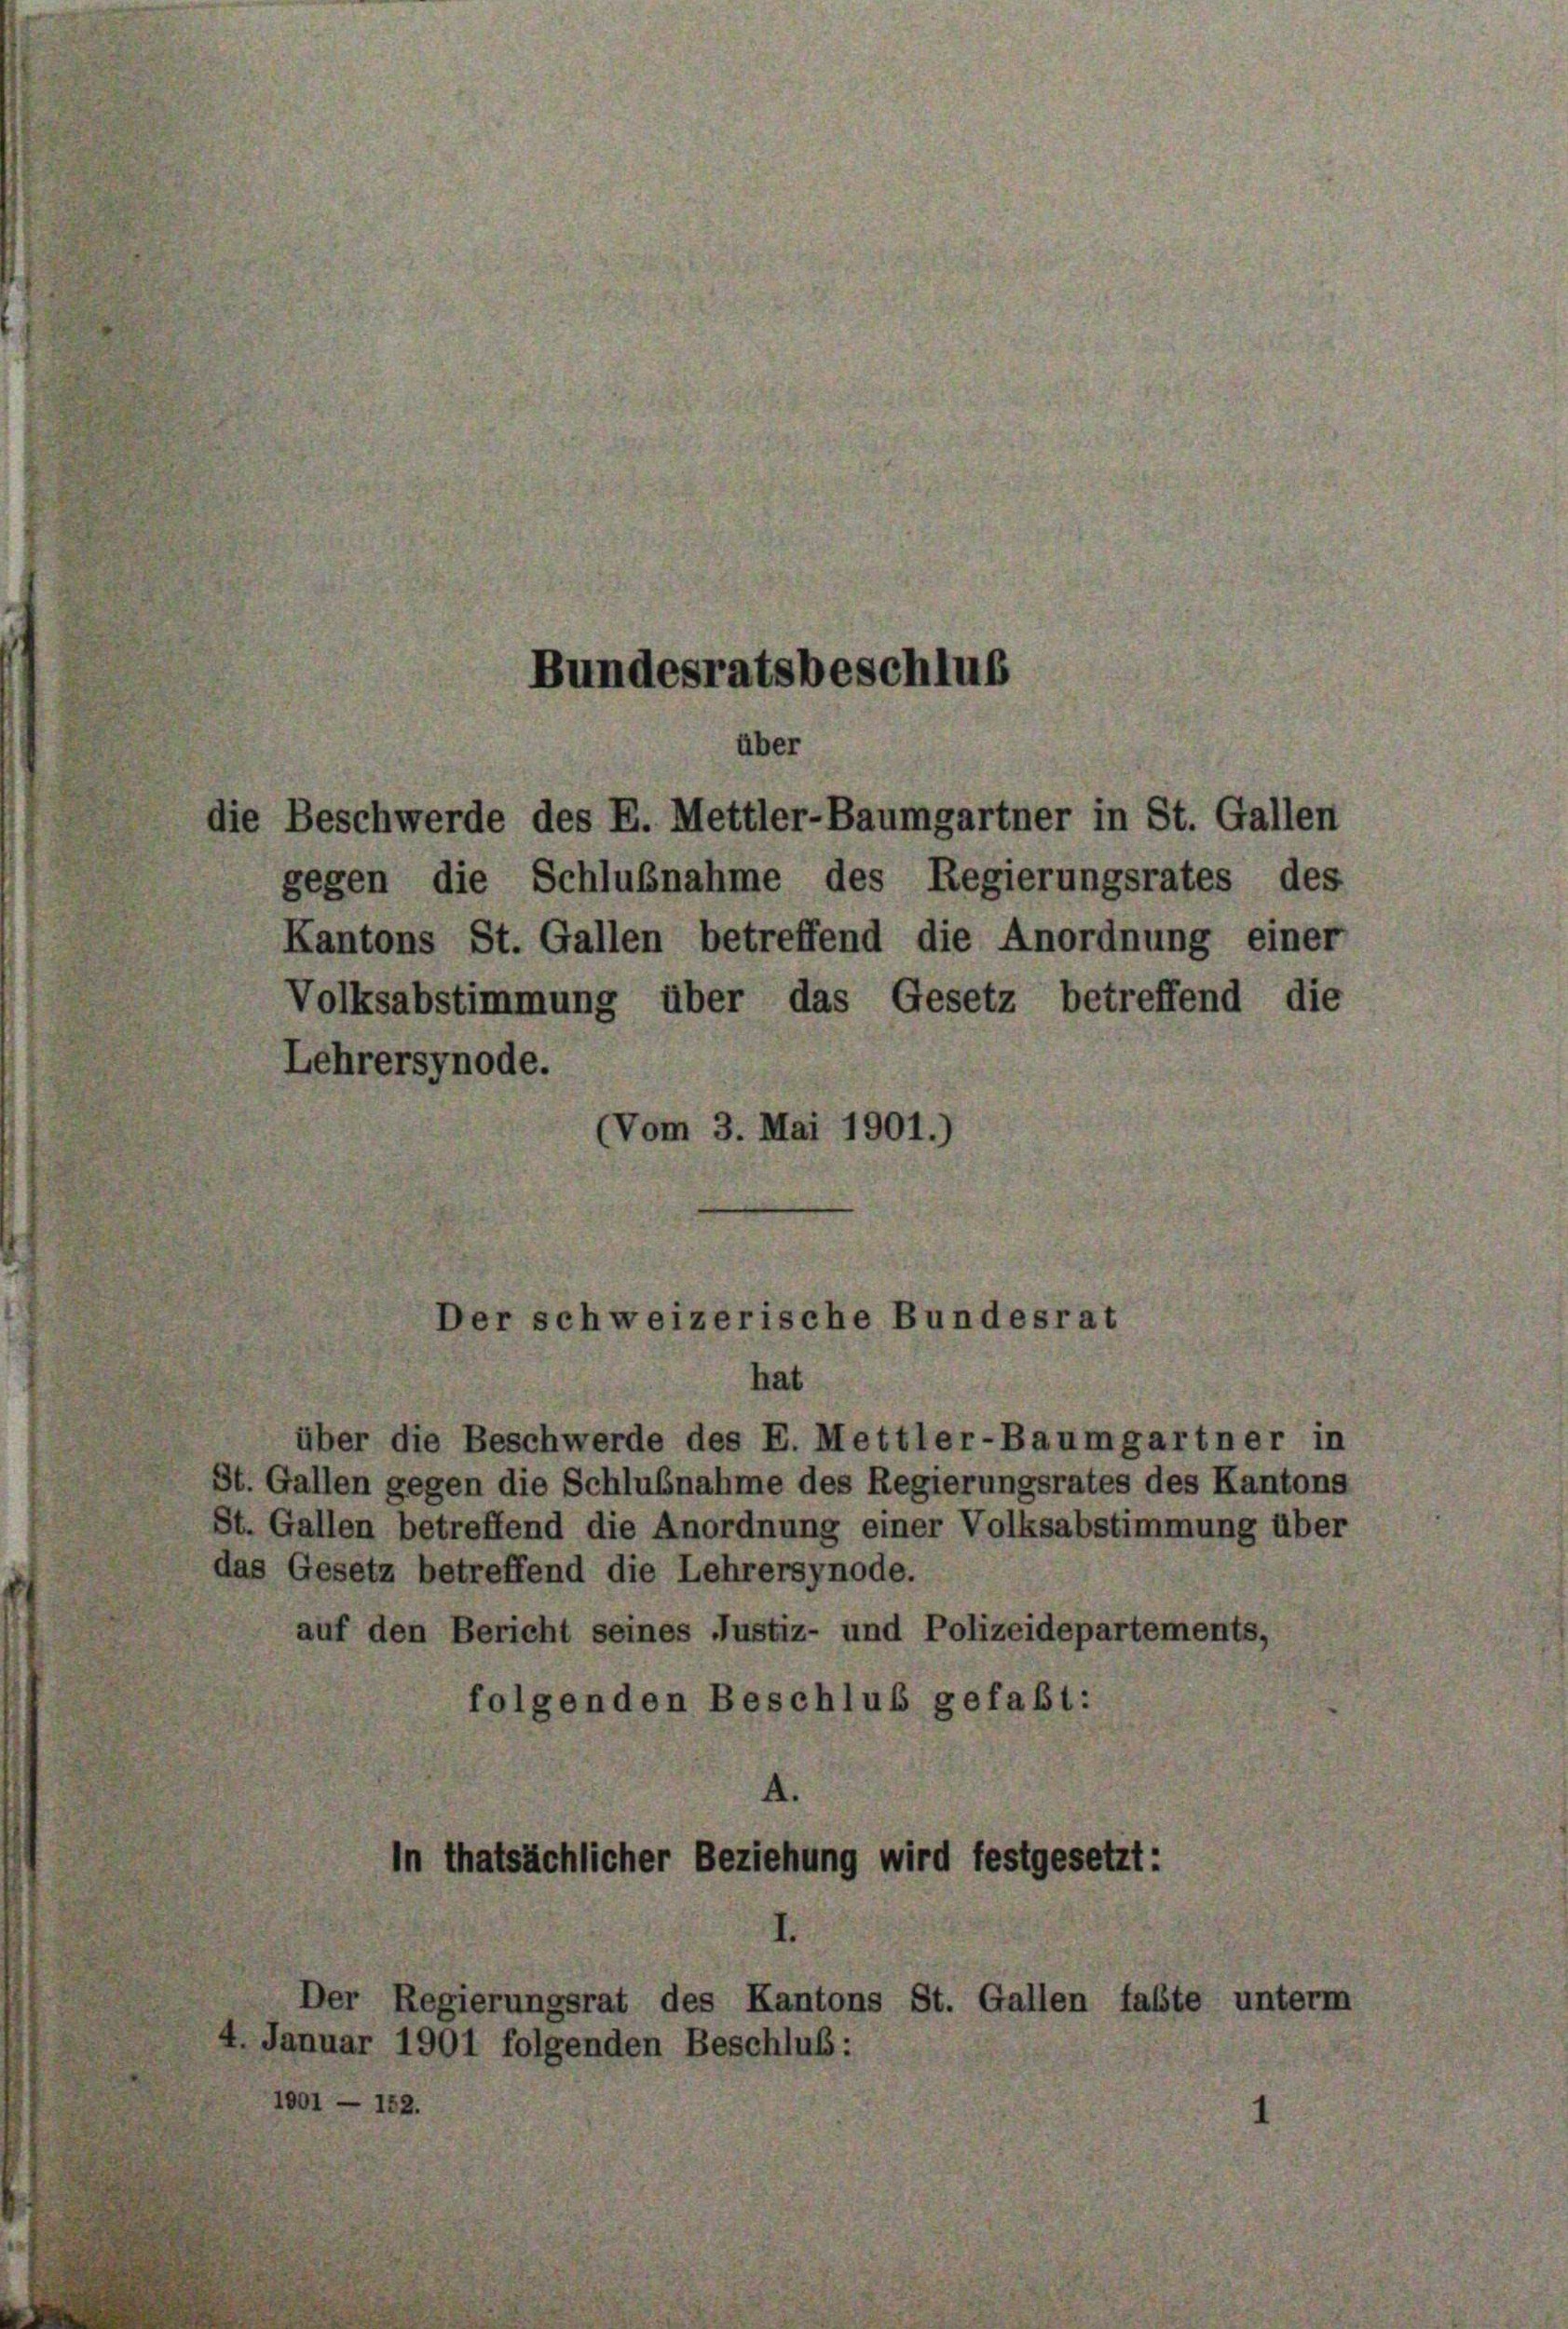
I

Bundesratsbeschluß
über
die Beschwerde des E. Mettler-Baumgartner in St. Gallen

Der schweizerische Bundesrat
hat

über die Beschwerde des E. Mettler-Baumgartner in
St. Gallen gegen die Schlußnahme des Regierungsrates des Kantons
St. Gallen betreffend die Anordnung einer Volksabstimmung über
das Gesetz betreffend die Lehrersynode.
auf den Bericht seines Justiz- und Polizeidepartements,
folgenden Beschluß gefaßt:
In thatsächlicher Beziehung wird festgesetzt:

gegen die Schlußnahme des Regierungsrates des
Kantons St. Gallen betreffend die Anordnung einer
Volksabstimmung über das Gesetz betreffend die
Lehrersynode.
(Vom 3. Mai 1901.)

Der Regierungsrat des Kantons St. Gallen faßte unterm
4. Januar 1901 folgenden Beschluß: